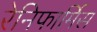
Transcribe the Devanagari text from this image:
रेनिफार्मिस